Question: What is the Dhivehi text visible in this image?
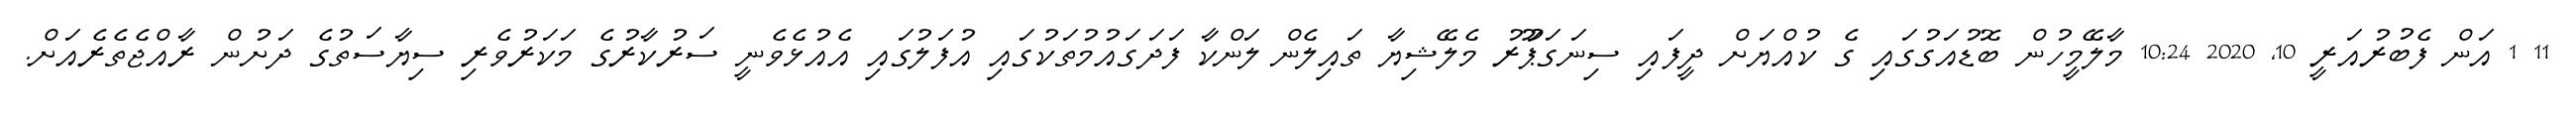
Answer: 11 1 އަން ފެބުރުއަރީ 10, 2020 10:24 މާލޭމީހުން ބޮޑުއަގުގައި ގެ ކުއްޔަށް ދީފައި ސިނަގަޕަޫރު މެލޭޝިޔާ ތައިލެން ލަންކާ ފަދަގައުމުތަކުގައި އުފަލުގައި އެއުޅެވެނީ ސަރުކާރުގެ މަކަރުވެރި ސިޔާސަތުގެ ދަށުން ރާއްޖެތެރެއަށް.